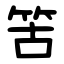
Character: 䇢